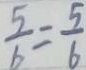
\frac { 5 } { b } = \frac { 5 } { 6 }